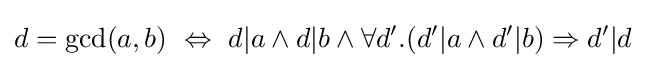
d=\gcd(a,b)\ \Leftrightarrow \ d|a\land d|b\land \forall d'.(d'|a\land d'|b)\Rightarrow d'|d